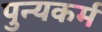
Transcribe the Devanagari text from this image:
पुन्यकर्म